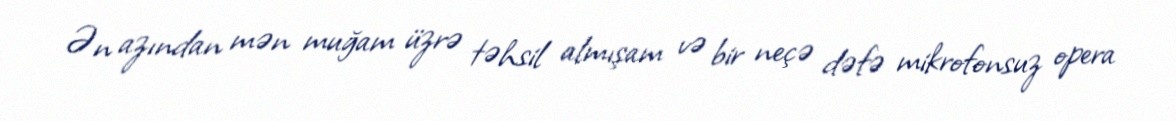
Ən azından mən muğam üzrə təhsil almışam və bir neçə dəfə mikrofonsuz opera